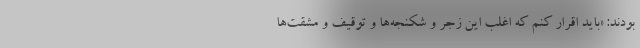
بودند: «باید اقرار کنم که اغلب این زجر و شکنجه‌ها و توقیف و مشقت‌ها